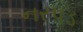
નરપડ